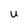
Character: U